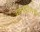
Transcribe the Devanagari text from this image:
दत्तमंदिराची